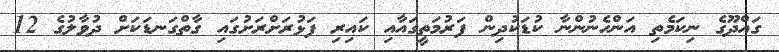
ގައްދޫގެ ނިކަމެތި އަންހެނުންނާ ކުޑަކުދިން ފަރުމަތީގައާއި ކައިރި ފަޅުރަށްރަށުގައި ގާތްގަނޑަކަށް ދުވާލުގެ 12